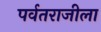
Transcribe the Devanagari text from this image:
पर्वतराजीला